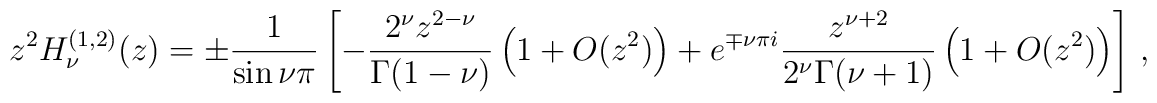
z^2 H^{(1,2)}_{\nu}(z) = \pm {1\over \sin{\nu \pi}}\left[ - {2^{\nu} z^{2-\nu}\over \Gamma (1-\nu )}\left( 1 + O(z^2)\right) + e^{\mp\nu\pi i} { z^{\nu +2}\over 2^{\nu} \Gamma (\nu +1 ) }  \left( 1 + O(z^2)\right) \right]\,,